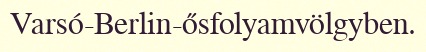
Varsó-Berlin-ősfolyamvölgyben.